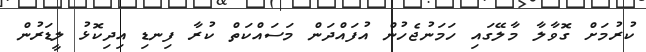
ކުރުމަށް ގޮވާލާ މާލޭގައި ހަމަނުޖެހުން އުފައްދަން މަސައްކަތް ކުރާ ފިނޑި އިދިކޮޅު ލީޑަރުން